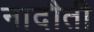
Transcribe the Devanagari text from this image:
नादौती